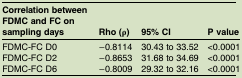
| Correlation between FDMC and FC on sampling days | Rho (ρ) | 95% CI | P value |
 | --- | --- | --- | --- |
 | FDMC-FC D0 | −0.8114 | 30.43 to 33.52 | <0.0001 |
 | FDMC-FC D2 | −0.8653 | 31.68 to 34.69 | <0.0001 |
 | FDMC-FC D6 | −0.8009 | 29.32 to 32.16 | <0.0001 |